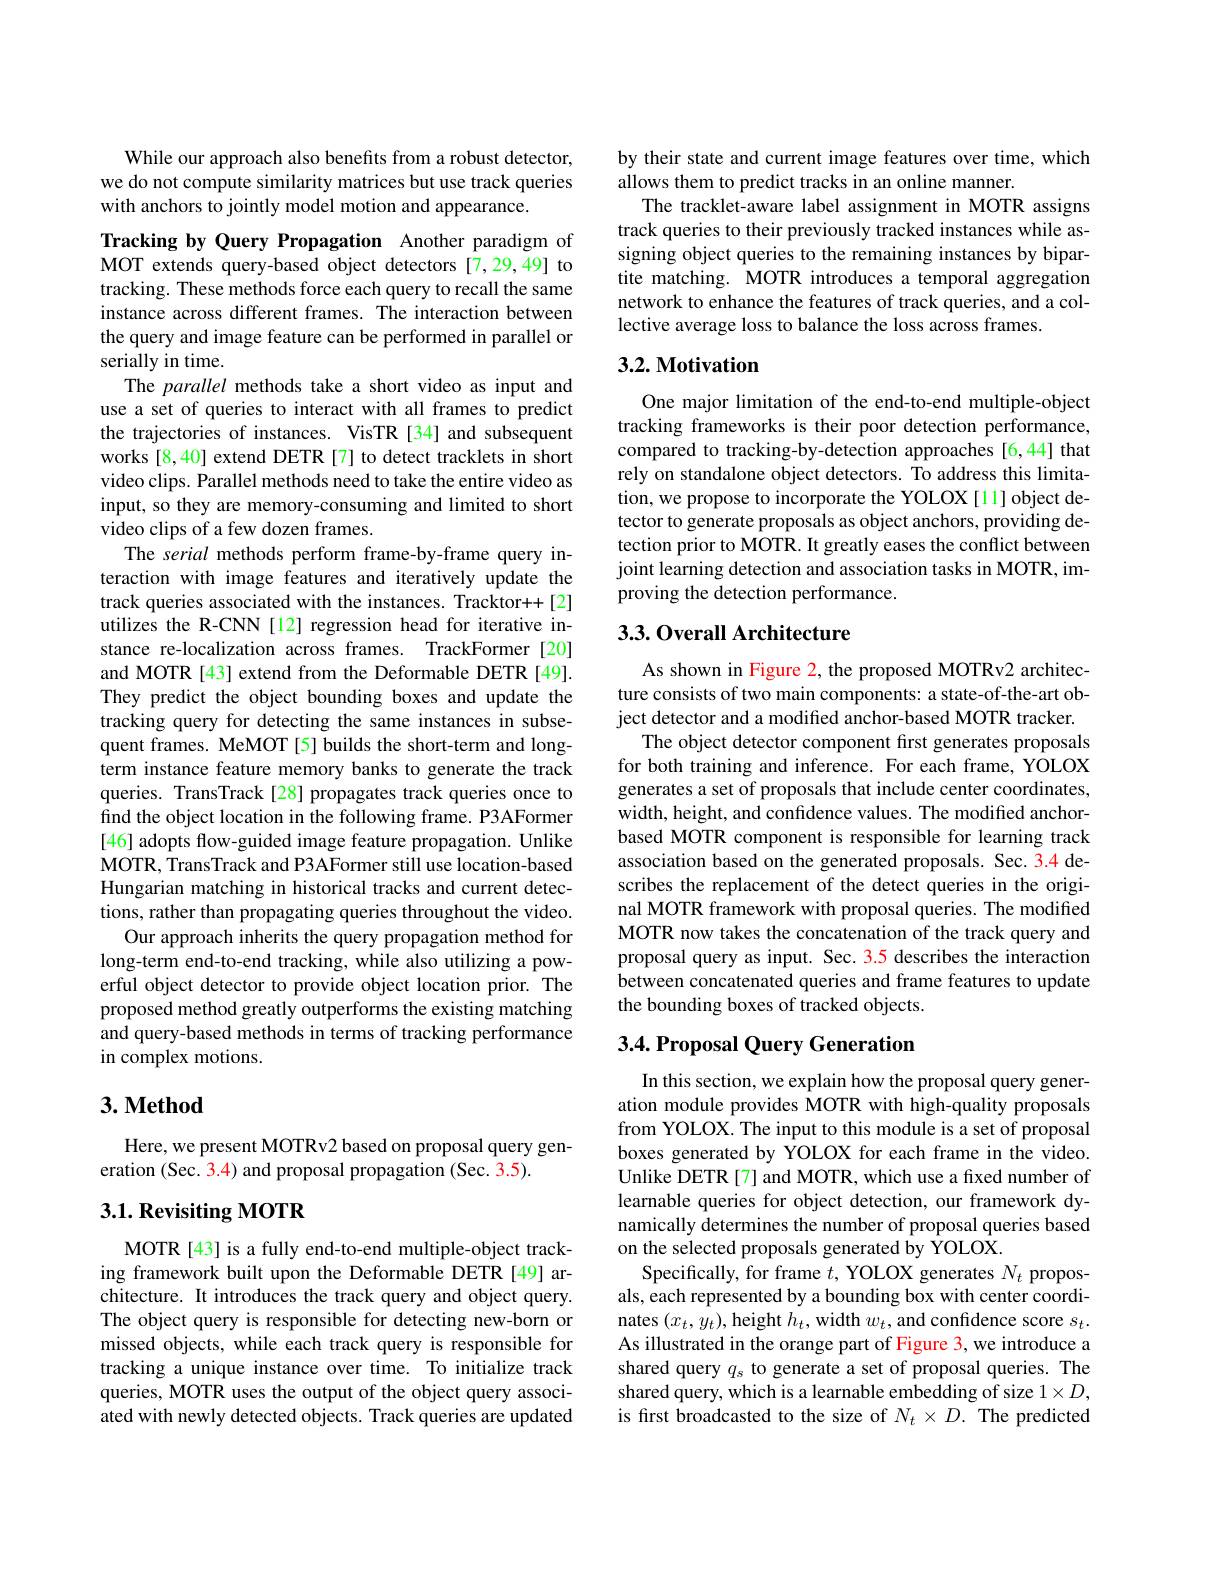
While our approach also benefits from a robust detector, we do not compute similarity matrices but use track queries with anchors to jointly model motion and appearance.

Tracking by Query Propagation Another paradigm of MOT extends query-based object detectors [7,29,49] to tracking. These methods force each query to recall the same instance across different frames. The interaction between the query and image feature can be performed in parallel or serially in time.
The parallel methods take a short video as input and use a set of queries to interact with all frames to predict the trajectories of instances. VisTR [34] and subsequent works [8,40] extend DETR [7] to detect tracklets in short video clips. Parallel methods need to take the entire video as input, so they are memory-consuming and limited to short video clips of a few dozen frames.
The serial methods perform frame-by-frame query interaction with image features and iteratively update the track queries associated with the instances. Tracktor++[2] utilizes the R-CNN [12] regression head for iterative instance re-localization across frames. TrackFormer [20] and MOTR [43] extend from the Deformable DETR [49]. They predict the object bounding boxes and update the tracking query for detecting the same instances in subsequent frames. MeMOT[5] builds the short-term and longterm instance feature memory banks to generate the track queries. TransTrack[28] propagates track queries once to find the object location in the following frame. P3AFormer [46] adopts flow-guided image feature propagation. Unlike MOTR, TransTrack and P3AFormer still use location-based Hungarian matching in historical tracks and current detections, rather than propagating queries throughout the video.
Our approach inherits the query propagation method for long-term end-to-end tracking, while also utilizing a powerful object detector to provide object location prior. The proposed method greatly outperforms the existing matching and query-based methods in terms of tracking performance in complex motions.

## $3. \textbf{Method}$

Here, we present MOTRv2 based on proposal query gen-
eration (Sec. 3.4) and proposal propagation (Sec. 3.5).

# $3. 1. \textbf{ Revisiting MOTR}$

MOTR[43] is a fully end-to-end multiple-object tracking framework built upon the Deformable DETR[49] architecture. It introduces the track query and object query. The object query is responsible for detecting new-born or missed objects, while each track query is responsible for tracking a unique instance over time. To initialize track queries, MOTR uses the output of the object query associated with newly detected objects. Track queries are updated

by their state and current image features over time, which
allows them to predict tracks in an online manner.
The tracklet-aware label assignment in MOTR assigns track queries to their previously tracked instances while assigning object queries to the remaining instances by bipartite matching. MOTR introduces a temporal aggregation network to enhance the features of track queries, and a collective average loss to balance the loss across frames.

## $3. 2. \textbf{Motivation}$

One major limitation of the end-to-end multiple-object tracking frameworks is their poor detection performance, compared to tracking-by-detection approaches [6,44] that rely on standalone object detectors. To address this limitation, we propose to incorporate the YOLOX[11] object detector to generate proposals as object anchors, providing detection prior to MOTR. It greatly eases the conflict between joint learning detection and association tasks in MOTR, improving the detection performance.

## 3.3. Overall Architecture

As shown in Figure 2, the proposed MOTRv2 architecture consists of two main components: a state-of-the-art object detector and a modified anchor-based MOTR tracker.
The object detector component first generates proposals for both training and inference. For each frame, YOLOX generates a set of proposals that include center coordinates, width, height, and confidence values. The modified anchorbased MOTR component is responsible for learning track association based on the generated proposals. Sec. 3.4 describes the replacement of the detect queries in the original MOTR framework with proposal queries. The modified MOTR now takes the concatenation of the track query and proposal query as input. Sec. 3.5 describes the interaction between concatenated queries and frame features to update the bounding boxes of tracked objects.

## 3.4. Proposal Query Generation

In this section, we explain how the proposal query generation module provides MOTR with high-quality proposals from YOLOX. The input to this module is a set of proposal boxes generated by YOLOX for each frame in the video. Unlike DETR[7] and MOTR, which use a fixed number of learnable queries for object detection, our framework dynamically determines the number of proposal queries based on the selected proposals generated by $\hat{\mathrm{YOLOX}}.$
Specifically, for frame $t$, YOLOX generates $N_t$ proposals, each represented by a bounding box with center coordinates $(x_t,y_t)$,height $h_t$,width $w_t$, and confidence score $s_t.$ As illustrated in the orange part of Figure 3, we introduce a shared query $q_s$ to generate a set of proposal queries. The shared query, which is a learnable embedding of size $1\times D$, is first broadcasted to the size of $N_t\times D.$ The predicted